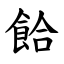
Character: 餄